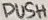
Text: PUSH